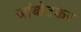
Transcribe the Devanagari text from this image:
जांबोटकर